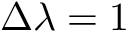
\Delta \lambda = 1